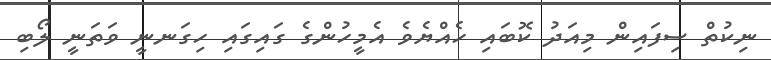
ނިކުތް ސިފައިން މިއަދު ކޮބައި ހެއްޔެވެ އެމީހުންގެ ގައިގައި ހިގަނނީ ވަތަނީ ލޯބި